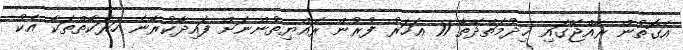
އެގޮތުން ރާއްޖޭގައި ޚިދުމަތްދޭތާ 11 އަހަރު ފުރުން ރައްޔިތުންނަށް ފައިދާކުރާނެ ހަރަކާތްތަކާ އެކު